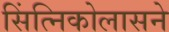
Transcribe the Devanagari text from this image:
सिंत्निकोलासने